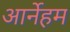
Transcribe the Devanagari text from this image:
आर्नेहम